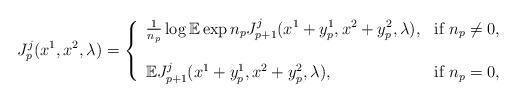
LaTeX: \begin{align*}&J^j_{p}(x^1,x^2,\lambda)= \left\{\begin{array}{ll}\frac{1}{n_{p}} \log \mathbb{E} \exp n_{p}J^j_{p+1}(x^1+y_{p}^1,x^2+y_{p}^2,\lambda), & \textrm{if} \ n_{p} \neq 0, \\\\\mathbb{E} J^j_{p+1}(x^1+y_{p}^1,x^2+y_{p}^2,\lambda), & \textrm{if} \ n_{p} = 0,\end{array} \right.\end{align*}